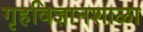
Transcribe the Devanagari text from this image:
गृहविज्ञानशाळा